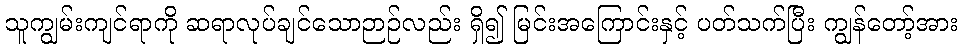
သူကျွမ်းကျင်ရာကို ဆရာလုပ်ချင်သောဉာဉ်လည်း ရှိ၍ မြင်းအကြောင်းနှင့် ပတ်သက်ပြီး ကျွန်တော့်အား